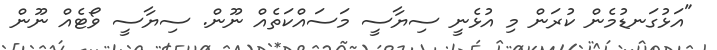
"އަޅުގަނޑުމެން ކުރަން މި އުޅެނީ ސިޔާސީ މަސައްކަތެއް ނޫން. ސިޔާސީ ވޯޓެއް ނޫން